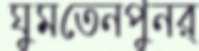
ঘুমতেনপুনর্